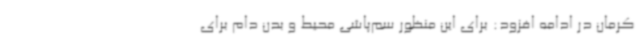
کرمان در ادامه افزود: برای این منظور سم‌پاشی محیط و بدن دام برای